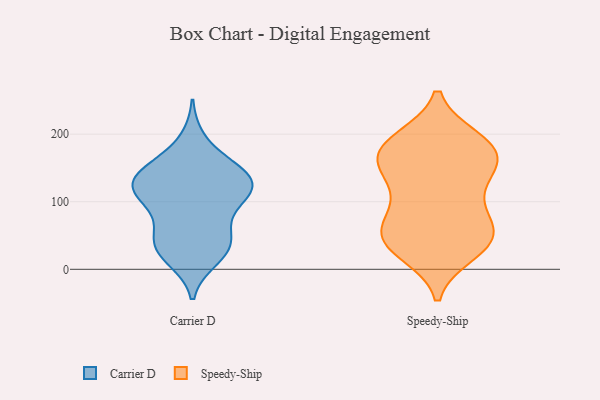
{"axis": {"x": "Tickets Resolved", "y": "Value"}, "legend": ["Carrier D", "Speedy-Ship"], "data": [{"x": "", "y": 147, "type": "Carrier D"}, {"x": "", "y": 191, "type": "Carrier D"}, {"x": "", "y": 68, "type": "Carrier D"}, {"x": "", "y": 23, "type": "Carrier D"}, {"x": "", "y": 113, "type": "Carrier D"}, {"x": "", "y": 119, "type": "Carrier D"}, {"x": "", "y": 135, "type": "Carrier D"}, {"x": "", "y": 16, "type": "Carrier D"}, {"x": "", "y": 144, "type": "Carrier D"}, {"x": "", "y": 59, "type": "Carrier D"}, {"x": "", "y": 151, "type": "Carrier D"}, {"x": "", "y": 109, "type": "Carrier D"}, {"x": "", "y": 117, "type": "Carrier D"}, {"x": "", "y": 109, "type": "Carrier D"}, {"x": "", "y": 36, "type": "Carrier D"}, {"x": "", "y": 111, "type": "Carrier D"}, {"x": "", "y": 35, "type": "Carrier D"}, {"x": "", "y": 144, "type": "Carrier D"}, {"x": "", "y": 38, "type": "Carrier D"}, {"x": "", "y": 174, "type": "Speedy-Ship"}, {"x": "", "y": 189, "type": "Speedy-Ship"}, {"x": "", "y": 45, "type": "Speedy-Ship"}, {"x": "", "y": 74, "type": "Speedy-Ship"}, {"x": "", "y": 157, "type": "Speedy-Ship"}, {"x": "", "y": 176, "type": "Speedy-Ship"}, {"x": "", "y": 88, "type": "Speedy-Ship"}, {"x": "", "y": 45, "type": "Speedy-Ship"}, {"x": "", "y": 55, "type": "Speedy-Ship"}, {"x": "", "y": 192, "type": "Speedy-Ship"}, {"x": "", "y": 190, "type": "Speedy-Ship"}, {"x": "", "y": 153, "type": "Speedy-Ship"}, {"x": "", "y": 25, "type": "Speedy-Ship"}, {"x": "", "y": 33, "type": "Speedy-Ship"}, {"x": "", "y": 58, "type": "Speedy-Ship"}, {"x": "", "y": 164, "type": "Speedy-Ship"}, {"x": "", "y": 129, "type": "Speedy-Ship"}, {"x": "", "y": 36, "type": "Speedy-Ship"}, {"x": "", "y": 105, "type": "Speedy-Ship"}, {"x": "", "y": 143, "type": "Speedy-Ship"}]}